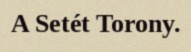
A Setét Torony.